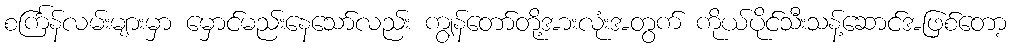
စင်္ကြန်လမ်းများမှာ မှောင်မည်းနေသော်လည်း ကျွန်တော်တို့အားလုံးအတွက် ကိုယ်ပိုင်သီးသန့်ဆောင်အဖြစ်တော့